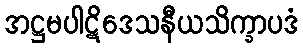
အဋ္ဌမပါဋိဒေသနီယသိက္ခာပဒံ